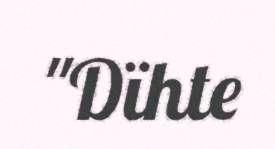
"Dïhte